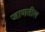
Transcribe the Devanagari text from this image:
जाणतील